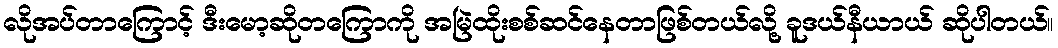
လိုအပ်တာကြောင့် ဒီးမော့ဆိုတကြောကို အမြဲထိုးစစ်ဆင်နေတာဖြစ်တယ်လို့ ခူဒယ်နီယာယ် ဆိုပါတယ်။